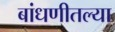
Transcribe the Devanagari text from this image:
बांधणीतल्या